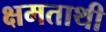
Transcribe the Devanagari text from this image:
क्षमताथी